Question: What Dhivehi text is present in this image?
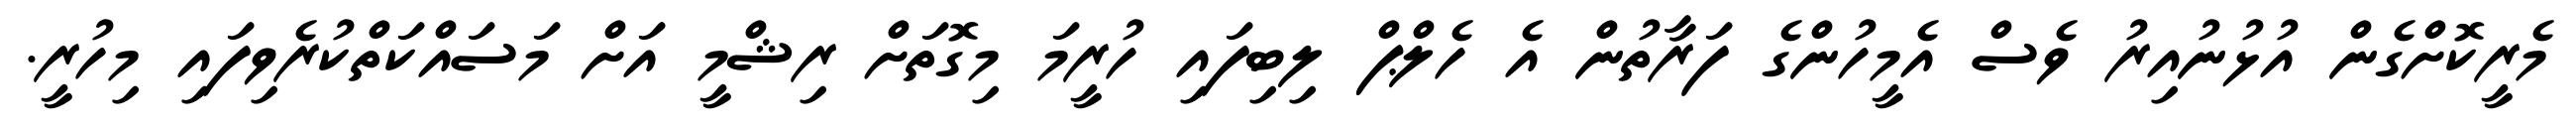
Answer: މެރީކޮށްގެން އުޅުނުއިރު ވެސް އެމީހުންގެ ފަރާތުން އެ ހެލްޕް ލިބިފައި ހުރީމަ މިގޮތަށް ރިޝްމީ އަށް މަސައްކަތްކުރެވިފައި މިހުރީ.